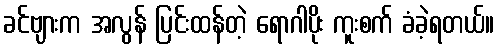
ခင်ဗျားက အလွန် ပြင်းထန်တဲ့ ရောဂါပိုး ကူးစက် ခံခဲ့ရတယ်။